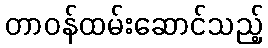
တာဝန်ထမ်းဆောင်သည့်